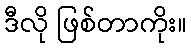
ဒီလို ဖြစ်တာကိုး။